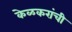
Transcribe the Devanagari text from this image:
केळकरांची